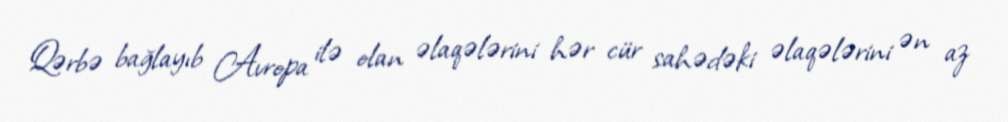
Qərbə bağlayıb Avropa ilə olan əlaqələrini hər cür sahədəki əlaqələrini ən az